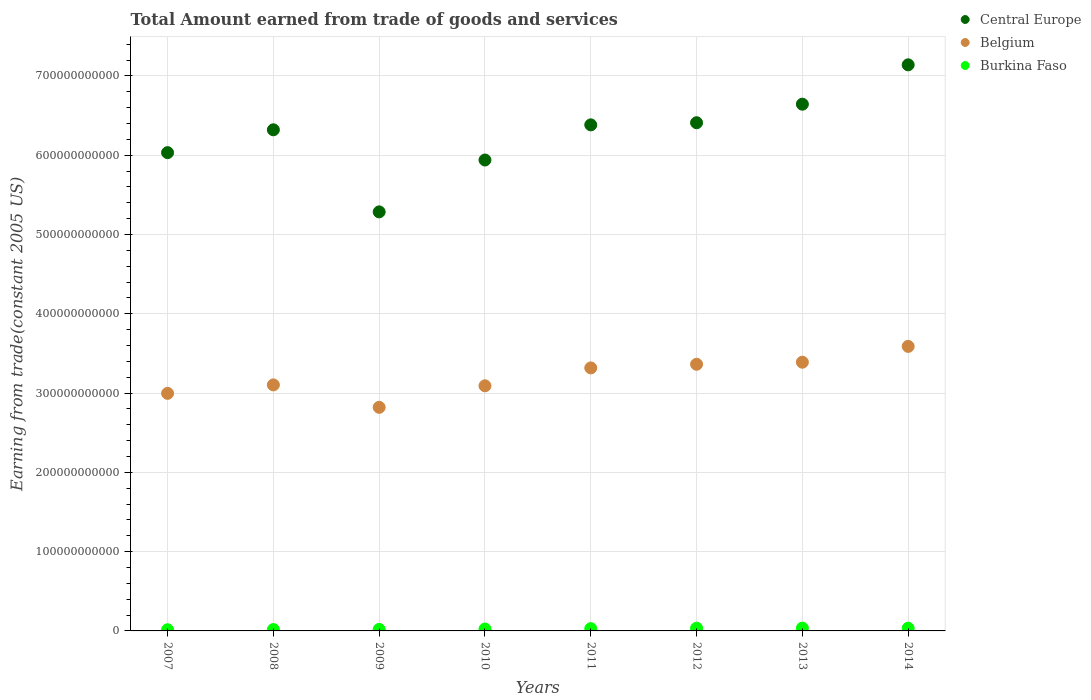
| Years | Central Europe | Belgium | Burkina Faso |
 | --- | --- | --- | --- |
 | 2007 | 6.03e+11 | 3e+11 | 1.46e+09 |
 | 2008 | 6.32e+11 | 3.1e+11 | 1.75e+09 |
 | 2009 | 5.28e+11 | 2.82e+11 | 1.91e+09 |
 | 2010 | 5.94e+11 | 3.09e+11 | 2.4e+09 |
 | 2011 | 6.38e+11 | 3.32e+11 | 2.89e+09 |
 | 2012 | 6.41e+11 | 3.36e+11 | 3.44e+09 |
 | 2013 | 6.64e+11 | 3.39e+11 | 3.51e+09 |
 | 2014 | 7.14e+11 | 3.59e+11 | 3.44e+09 |